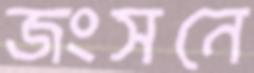
জংসনে